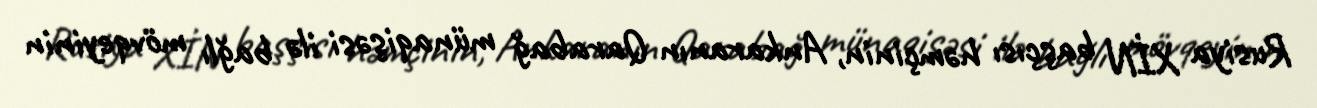
Rusiya XİN başçısı həmçinin, Ankaranın Qarabağ münaqişəsi ilə bağlı mövqeyinin